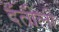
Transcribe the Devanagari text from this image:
दंतीली